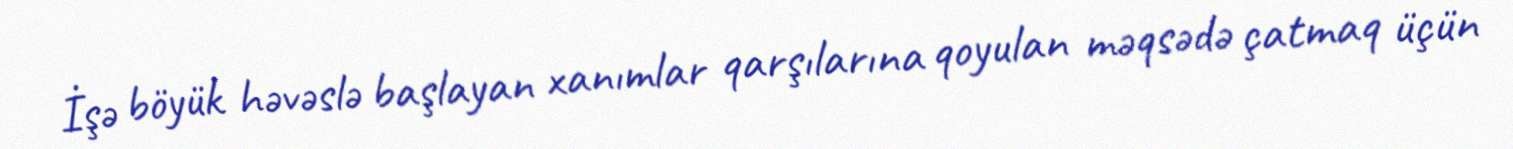
İşə böyük həvəslə başlayan xanımlar qarşılarına qoyulan məqsədə çatmaq üçün